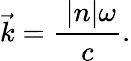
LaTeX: {\vec{k}}={\frac{\ |n|\omega}{c}}.